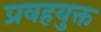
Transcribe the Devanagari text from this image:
प्रवहयुक्त